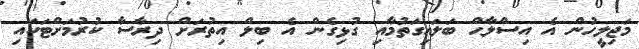
މަޖިލީހުން އެ އިސްލާޙް ބަލައިގަތުމާއި ގުޅިގެން އެ ބިލް އިތުރަށް ދިރާސާ ކުރުމަށްޓަކައި